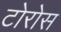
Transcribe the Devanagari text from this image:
टोरोस